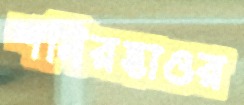
শনিরহাওর